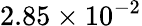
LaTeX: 2.85\times 10^{-2}